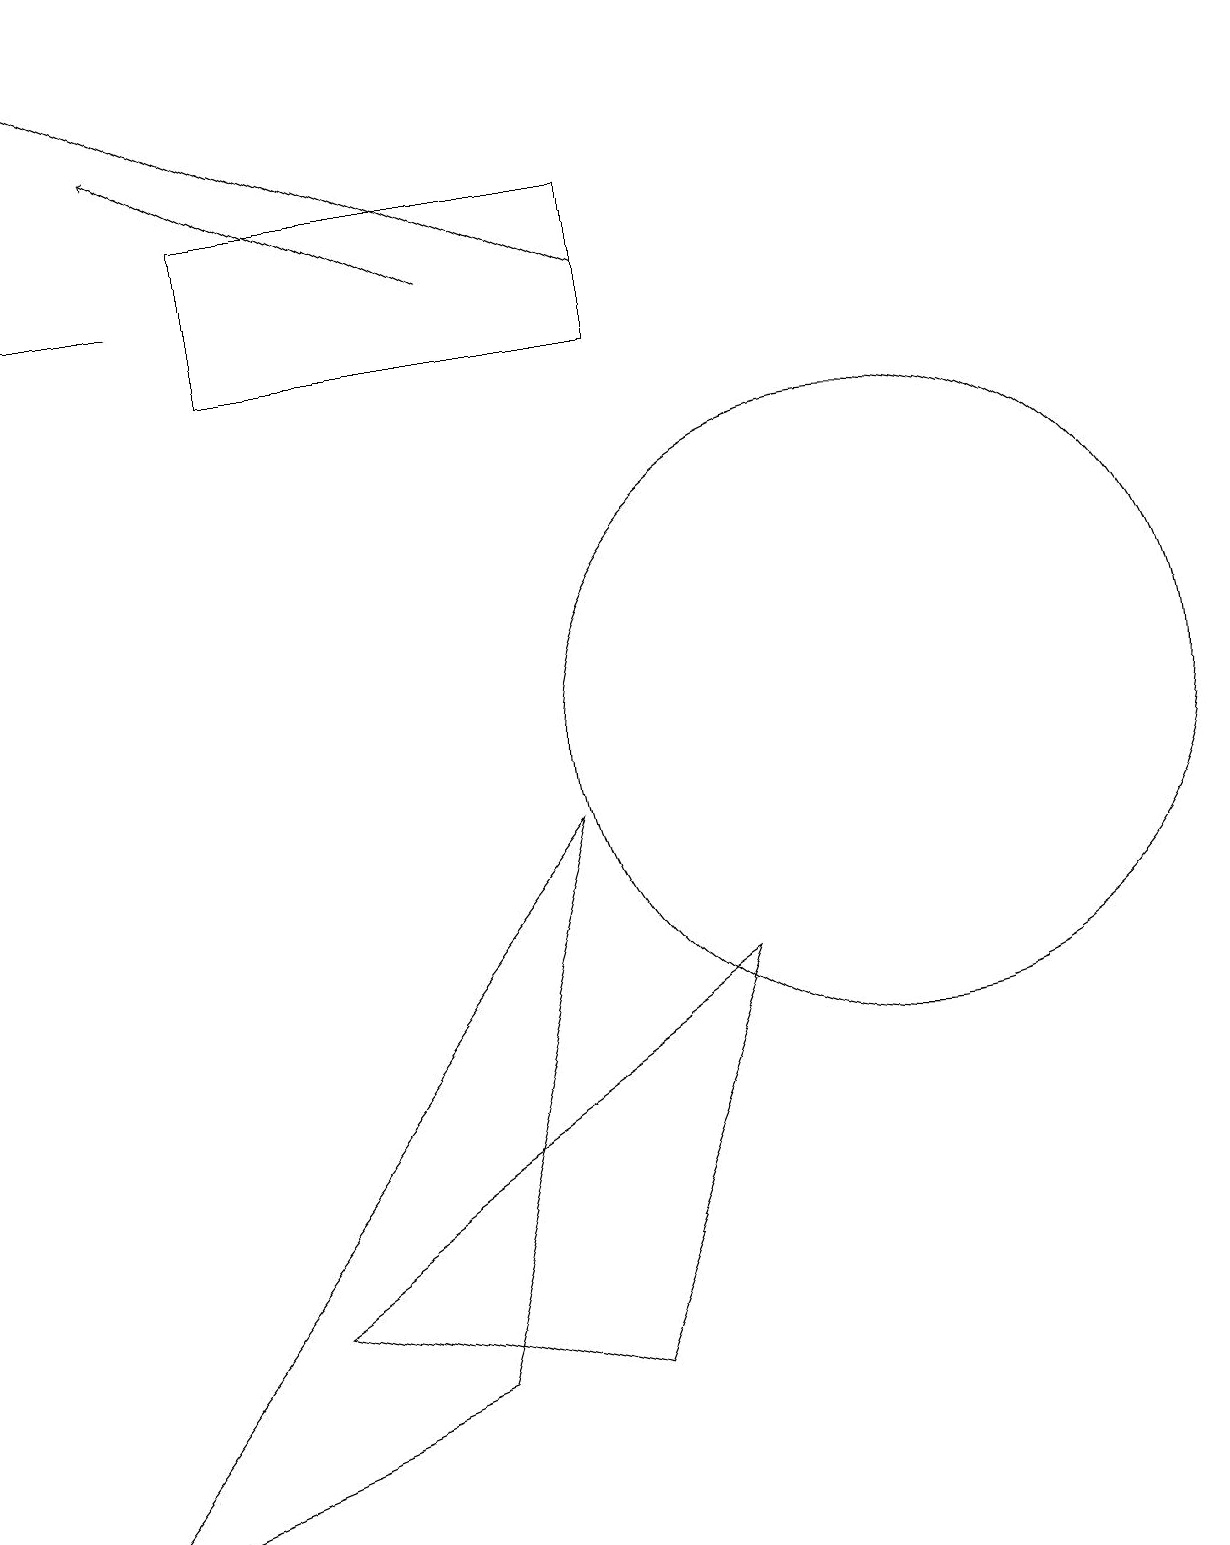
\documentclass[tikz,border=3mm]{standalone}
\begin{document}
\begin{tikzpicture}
\draw (7,9) -- (0,0) -- (5,2) -- cycle;
\draw (0,16) rectangle (2,16);
\draw[->] (8,16) -- (1,19);
\draw[->] (6,16) -- (2,18);
\draw (8,17) rectangle (3,15);
\draw (7,2) -- (9,7) -- (3,3) -- cycle;
\draw (11,10) circle (4);
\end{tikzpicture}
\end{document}